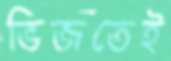
ভিজতেই